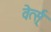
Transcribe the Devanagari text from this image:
वेर्त्स्